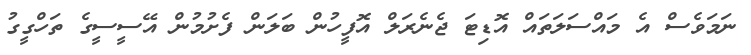
ނަމަވެސް އެ މައްސަލަތައް އޮޑިޓަ ޖެނެރަލް އޮފީހުން ބަލަން ފެށުމުން އޭސީސީގެ ތަހްގީގު